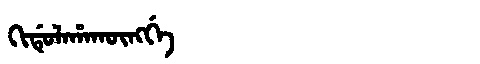
Manchu: ᡴᡳᡩᡠᠯᠠᡥᠠᡴᡡᠩᡤᡝ
Romanization: KIDULAHAKŪNGGE